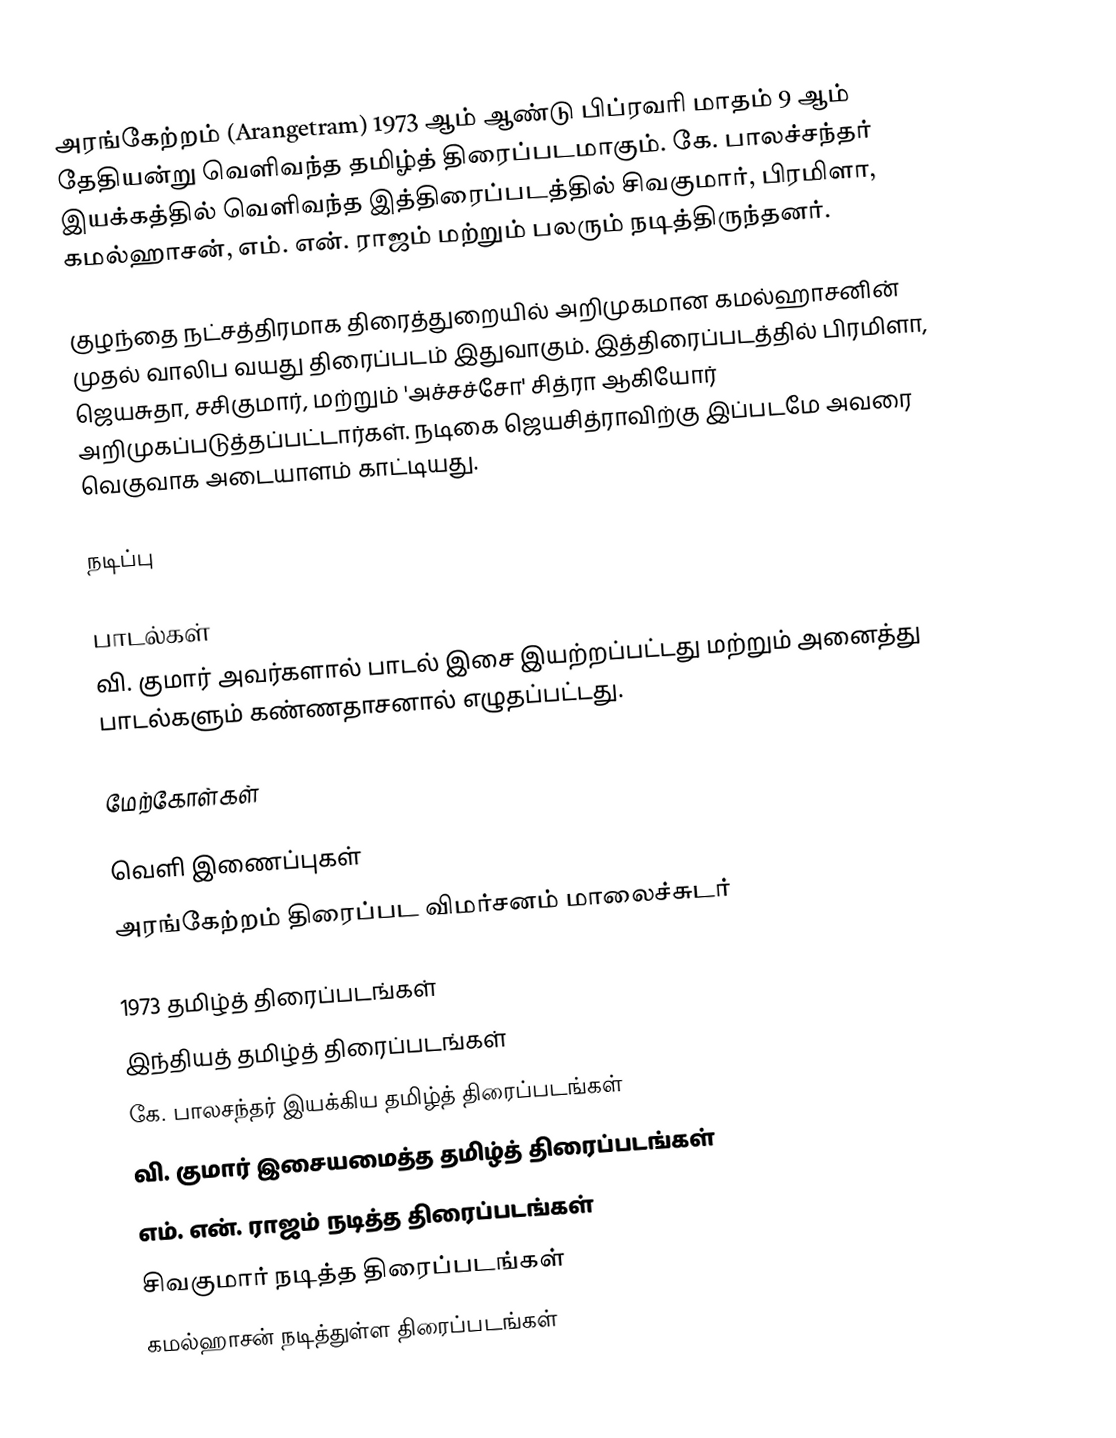
அரங்கேற்றம் (Arangetram) 1973 ஆம் ஆண்டு பிப்ரவரி மாதம் 9 ஆம் தேதியன்று வெளிவந்த தமிழ்த் திரைப்படமாகும். கே. பாலச்சந்தர் இயக்கத்தில் வெளிவந்த இத்திரைப்படத்தில் சிவகுமார், பிரமிளா, கமல்ஹாசன், எம். என். ராஜம் மற்றும் பலரும் நடித்திருந்தனர்.

குழந்தை நட்சத்திரமாக திரைத்துறையில் அறிமுகமான கமல்ஹாசனின் முதல் வாலிப வயது திரைப்படம் இதுவாகும். இத்திரைப்படத்தில் பிரமிளா, ஜெயசுதா, சசிகுமார், மற்றும் 'அச்சச்சோ' சித்ரா ஆகியோர் அறிமுகப்படுத்தப்பட்டார்கள். நடிகை ஜெயசித்ராவிற்கு இப்படமே அவரை வெகுவாக அடையாளம் காட்டியது.

நடிப்பு

பாடல்கள்
வி. குமார் அவர்களால் பாடல் இசை இயற்றப்பட்டது மற்றும் அனைத்து பாடல்களும் கண்ணதாசனால் எழுதப்பட்டது.

மேற்கோள்கள்

வெளி இணைப்புகள்
 அரங்கேற்றம் திரைப்பட விமர்சனம் மாலைச்சுடர்

1973 தமிழ்த் திரைப்படங்கள்
இந்தியத் தமிழ்த் திரைப்படங்கள்
கே. பாலசந்தர் இயக்கிய தமிழ்த் திரைப்படங்கள்
வி. குமார் இசையமைத்த தமிழ்த் திரைப்படங்கள்
எம். என். ராஜம் நடித்த திரைப்படங்கள்
சிவகுமார் நடித்த திரைப்படங்கள்
கமல்ஹாசன் நடித்துள்ள திரைப்படங்கள்